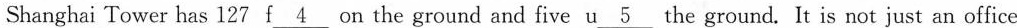
Shanghai Tower has 127 f\underline{4} on the ground and five u\underline{5} the ground. It is not just an office